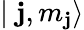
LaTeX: \mid\mathbf{j},m_{\mathbf{j}}\rangle